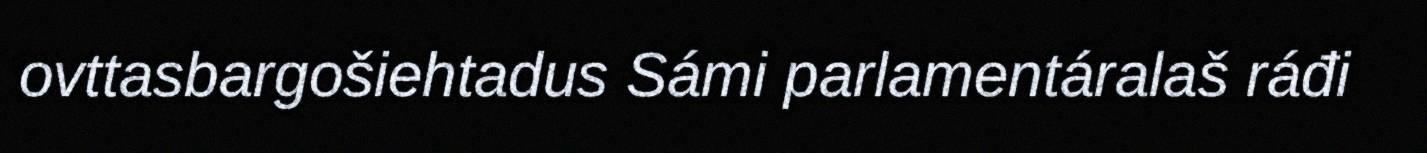
ovttasbargošiehtadus Sámi parlamentáralaš ráđi